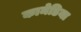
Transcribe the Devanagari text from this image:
कामेडिया